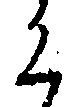
く